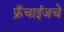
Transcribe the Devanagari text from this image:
फ्रँचाईजचे